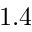
1 . 4